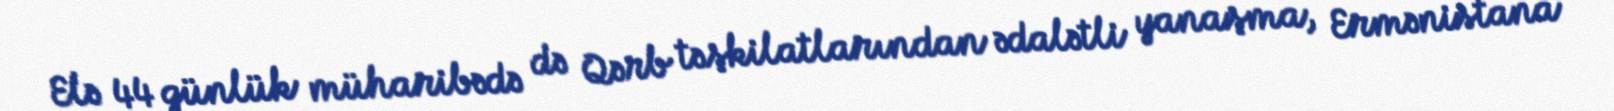
Elə 44 günlük müharibədə də Qərb təşkilatlarından ədalətli yanaşma, Ermənistana